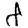
Digit: 8